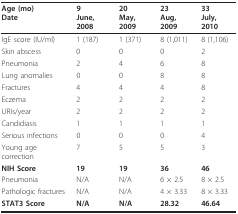
| Age (mo)Date | 9June, 2008 | 20May, 2009 | 23Aug, 2009 | 33July, 2010 |
 | --- | --- | --- | --- | --- |
 | IgE score (IU/ml) | 1 (187) | 1 (371) | 8 (1,011) | 8 (1,106) |
 | Skin abscess | 0 | 0 | 0 | 2 |
 | Pneumonia | 2 | 4 | 6 | 8 |
 | Lung anomalies | 0 | 0 | 8 | 8 |
 | Fractures | 4 | 4 | 4 | 8 |
 | Eczema | 2 | 2 | 2 | 2 |
 | URIs/year | 2 | 2 | 2 | 2 |
 | Candidiasis | 1 | 1 | 1 | 1 |
 | Serious infections | 0 | 0 | 0 | 4 |
 | Young age correction | 7 | 5 | 5 | 3 |
 | NIH Score | 19 | 19 | 36 | 46 |
 | Pneumonia | N/A | N/A | 6 × 2.5 | 8 × 2.5 |
 | Pathologic fractures | N/A | N/A | 4 × 3.33 | 8 × 3.33 |
 | STAT3 Score | N/A | N/A | 28.32 | 46.64 |